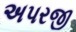
અપરજી